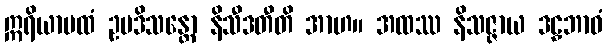
ဣရိယာပထံ ဥပဒိသန္တော နိသီဒတီတိ အာဟ။ အထဿ နိသဇ္ဇာယ ဒဠှဘာဝံ